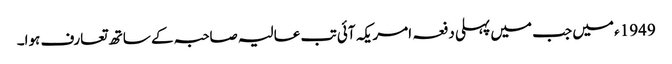
1949ء میں جب میں پہلی دفعہ امریکہ آئی تب عالیہ صاحبہ کے ساتھ تعارف ہوا۔